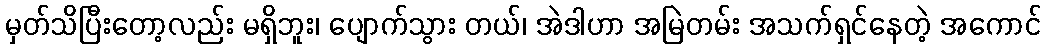
မှတ်သိပြီးတော့လည်း မရှိဘူး၊ ပျောက်သွား တယ်၊ အဲဒါဟာ အမြဲတမ်း အသက်ရှင်နေတဲ့ အကောင်